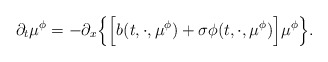
\begin{align*}\partial_t\mu^\phi = -\partial_x\Big\{\Big[ b(t, \cdot, \mu^\phi) + \sigma\phi(t, \cdot, \mu^\phi)\Big]\mu^\phi \Big\} .\end{align*}